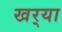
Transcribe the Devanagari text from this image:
खर्‍या